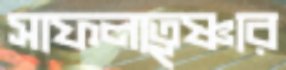
সাফল্যতৃষ্ণার